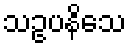
သဥပနိသေ